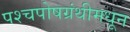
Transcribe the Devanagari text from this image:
पश्चपोषग्रंथीमधून